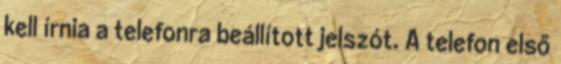
kell írnia a telefonra beállított jelszót. A telefon első